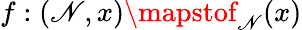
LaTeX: f:(\mathscr{N},x)\mapstof_{\mathscr{N}}(x)